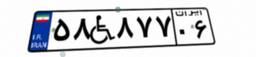
۵۸W۸۷۷۰۶